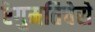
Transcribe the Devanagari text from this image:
ऎगुमतिचेसे